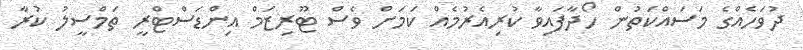
ދުވަހެއްގެ މަސައްކަތުން ހޯދާފައިވާ ކުރިއެރުމެއް ކަމަށް ވެސް ޓޫރިޒަމް އިންޑަސްޓްރީ ތަމްސީލު ކުރާ